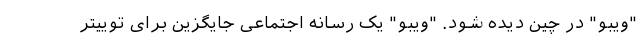
"ویبو" در چین دیده شود. "ویبو" یک رسانه اجتماعی جایگزین برای توییتر